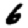
Digit: 6